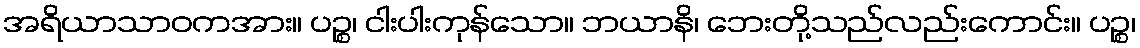
အရိယာသာဝကအား။ ပဉ္စ၊ ငါးပါးကုန်သော။ ဘယာနိ၊ ဘေးတို့သည်လည်းကောင်း။ ပဉ္စ၊